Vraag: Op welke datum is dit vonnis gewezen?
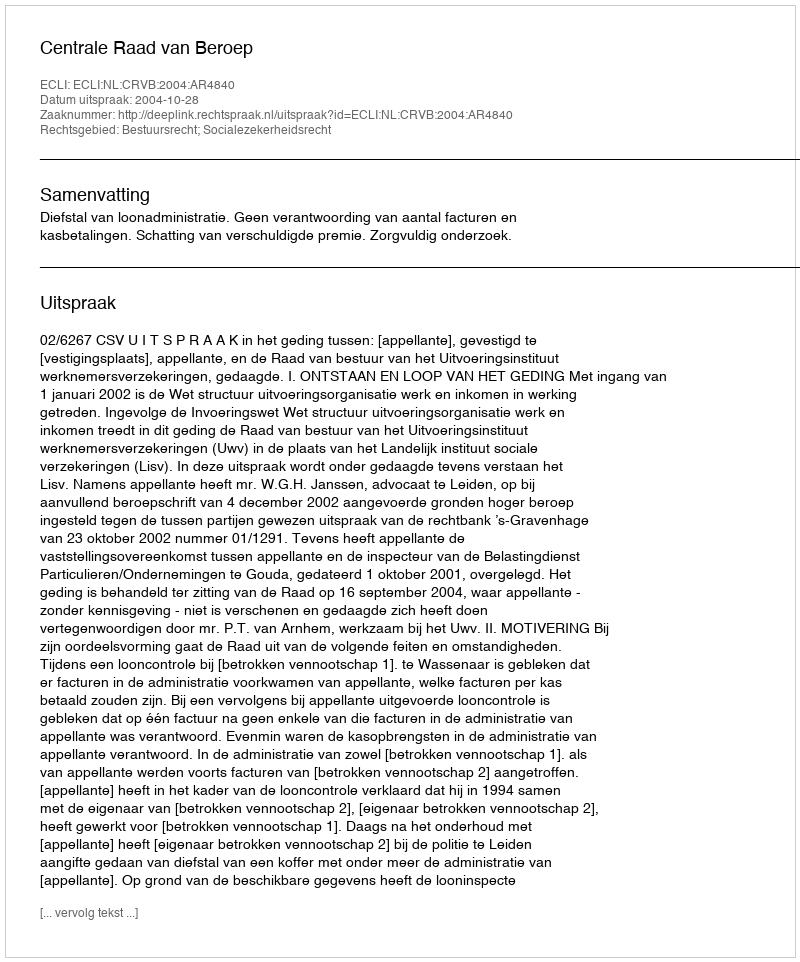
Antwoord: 2004-10-28